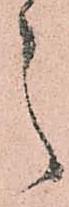
之